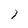
Character: 1